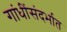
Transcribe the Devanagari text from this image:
गांधींसंदर्भात